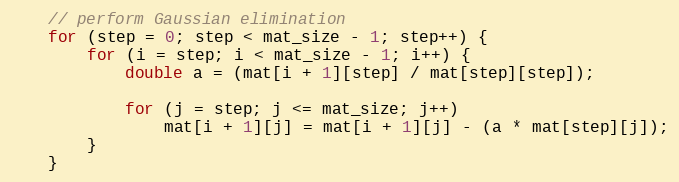
Language: C++
    // perform Gaussian elimination
    for (step = 0; step < mat_size - 1; step++) {
        for (i = step; i < mat_size - 1; i++) {
            double a = (mat[i + 1][step] / mat[step][step]);

            for (j = step; j <= mat_size; j++)
                mat[i + 1][j] = mat[i + 1][j] - (a * mat[step][j]);
        }
    }